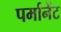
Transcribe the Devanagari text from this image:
पर्मानेंट